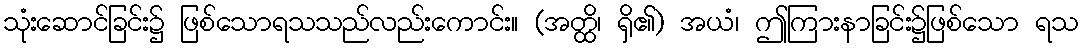
သုံးဆောင်ခြင်း၌ ဖြစ်သောရသသည်လည်းကောင်း။ (အတ္ထိ၊ ရှိ၏) အယံ၊ ဤကြားနာခြင်း၌ဖြစ်သော ရသ